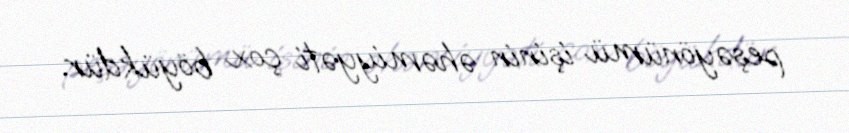
peşəyönümü işinin əhəmiyyəti çox böyükdür.